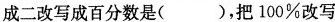
成二改写成百分数是()，把100%改写